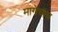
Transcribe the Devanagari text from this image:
मागेचाच